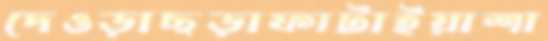
দেওড়াছড়াফাটাইয়াশা